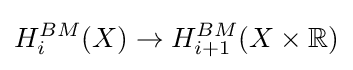
H_{i}^{BM}(X)\to H_{i+1}^{BM}(X\times \mathbb {R} )